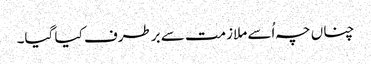
چناں چہ اُسے ملازمت سے برطرف کیا گیا۔